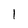
Character: 1